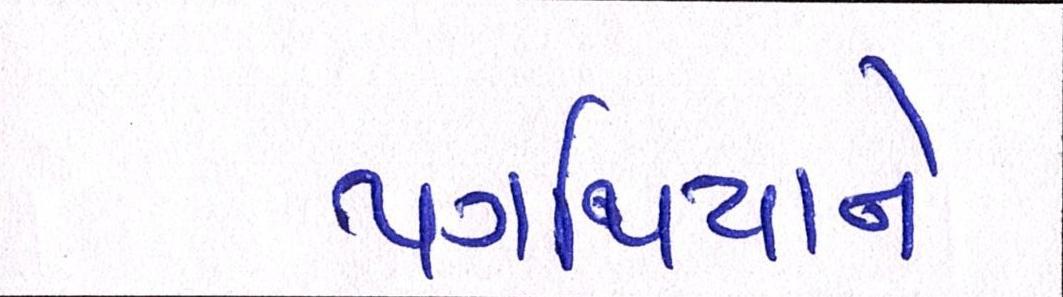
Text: પગથિયાને